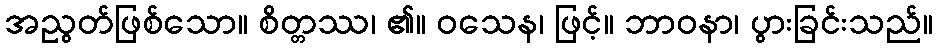
အညွတ်ဖြစ်သော။ စိတ္တဿ၊ ၏။ ဝသေန၊ ဖြင့်။ ဘာဝနာ၊ ပွားခြင်းသည်။